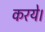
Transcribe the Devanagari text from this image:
करये।